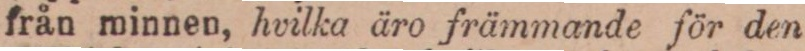
från minnen, hvilka äro främmande för den